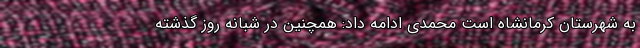
به شهرستان کرمانشاه است محمدی ادامه داد: همچنین در شبانه روز گذشته